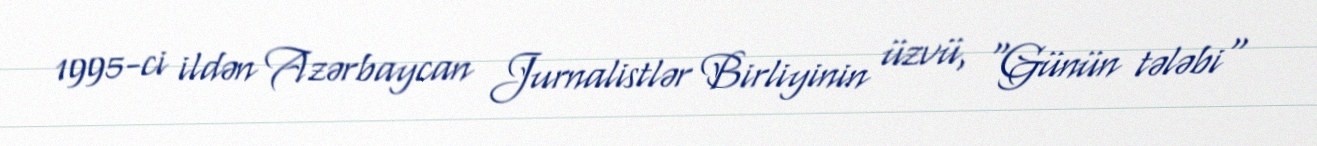
1995-ci ildən Azərbaycan Jurnalistlər Birliyinin üzvü, "Günün tələbi"